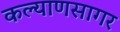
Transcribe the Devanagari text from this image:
कल्याणसागर